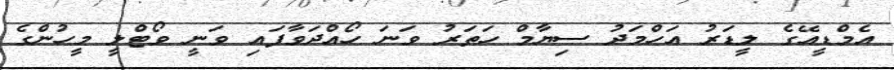
އެމްޑީއޭގެ ލީޑަރު އަހްމަދު ސިޔާމް ހަތަރު ވަނަ ހޯއްދަވާފައި ވަނީ ވޯޓްލީ މީހުންގެ